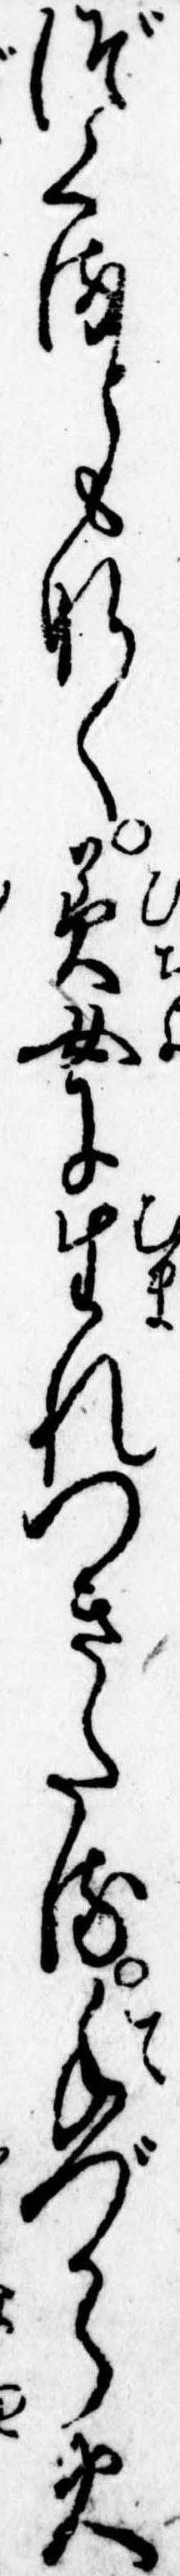
づくるともなく美女に生れつきたる手づから火